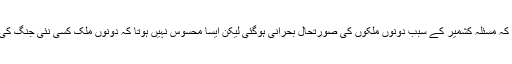
اس بات کے مد نظر کہ مسئلہ کشمیر کے سبب دونوں ملکوں کی صورتحال بحرانی ہوگئی لیکن ایسا محسوس نہیں ہوتا کہ دونوں ملک کسی نئی جنگ کی توانائی رکھتے ہیں۔